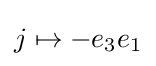
j\mapsto -e_{3}e_{1}